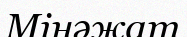
Мінәжат